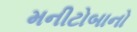
મનીટોબાનો